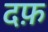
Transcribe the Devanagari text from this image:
दफ़